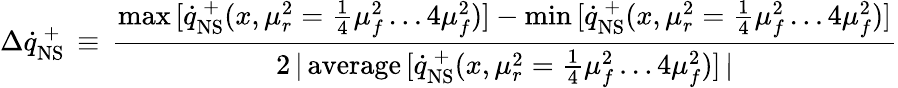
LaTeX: \Delta\dot{q}_{\mathrm{NS}}^{\, +}\, \equiv\, \frac{\operatorname*{max}\, [\dot{q}_{\mathrm{NS}}^{\, +}(x,\mu_{r}^{2}=\frac{1}{4}\mu_{f}^{2}\ldots 4\mu_{f}^{2})]-\operatorname*{min}\, [\dot{q}_{\mathrm{NS}}^{\, +}(x,\mu_{r}^{2}=\frac{1}{4}\mu_{f}^{2}\ldots 4\mu_{f}^{2})]}{2\, |\, \mathrm{average}\, [\dot{q}_{\mathrm{NS}}^{\, +}(x,\mu_{r}^{2}=\frac{1}{4}\mu_{f}^{2}\ldots 4\mu_{f}^{2})]\, |}